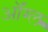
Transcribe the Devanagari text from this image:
ऑंग्ल